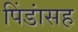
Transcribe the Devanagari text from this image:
पिंडांसह